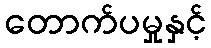
တောက်ပမှုနှင့်